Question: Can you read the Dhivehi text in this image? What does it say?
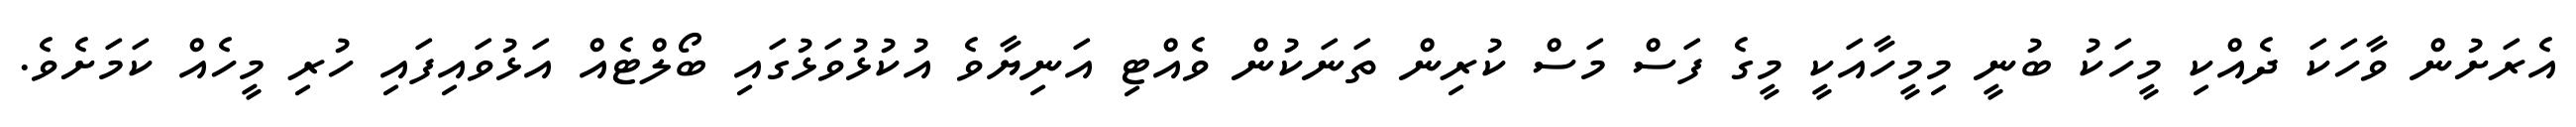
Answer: އެރަށުން ވާހަކަ ދެއްކި މީހަކު ބުނީ މިމީހާއަކީ މީގެ ފަސް މަސް ކުރިން ތަނަކުން ވެއްޓި އަނިޔާވެ އުކުޅުވަޅުގައި ބޯލްޓެއް އަޅުވައިފައި ހުރި މީހެއް ކަމަށެވެ.